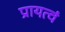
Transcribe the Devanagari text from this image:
प्रायत्वं